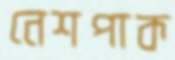
নেশপাক